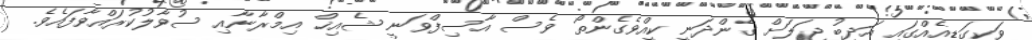
ވަކިގަޑިއެއްގައި އަދީބު ޖަލަށް ގެންދަނީ ކީއްވެގެންތޯ ވެސް އާސިފްވަނީ ޝެއިޚް އިމްރާނާއި ސުވާލުކުރައްވާފައެވެ.